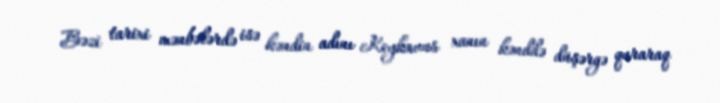
Bəzi tarixi mənbələrdə isə kəndin adını Keykavus xanın kənddə düşərgə quraraq